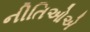
નીતિઓએ